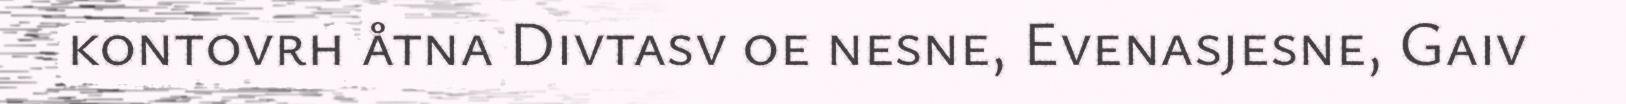
kontovrh åtna Divtasv oe nesne, Evenasjesne, Gaiv